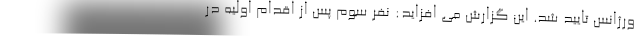
ورژانس تایید شد. این گزارش می افزاید: نفر سوم پس از اقدام اولیه در